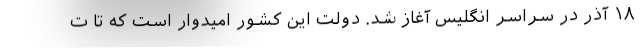
۱۸ آذر در سراسر انگلیس آغاز شد. دولت این کشور امیدوار است که تا ت